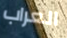
العراب